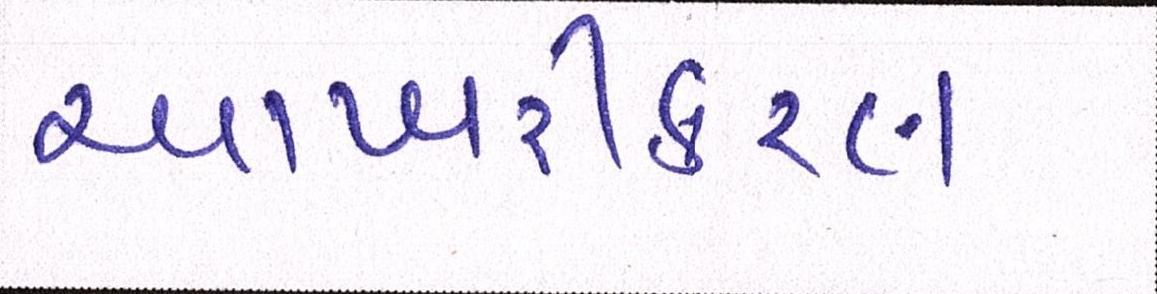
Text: આખરીકરણ